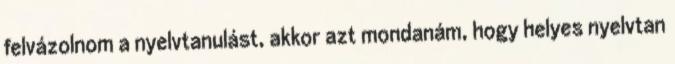
felvázolnom a nyelvtanulást, akkor azt mondanám, hogy helyes nyelvtan